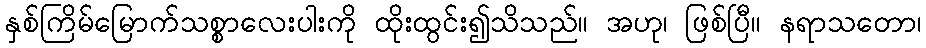
နှစ်ကြိမ်မြောက်သစ္စာလေးပါးကို ထိုးထွင်း၍သိသည်။ အဟု၊ ဖြစ်ပြီ။ နရာသတော၊